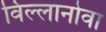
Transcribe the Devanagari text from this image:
विल्लानोवा